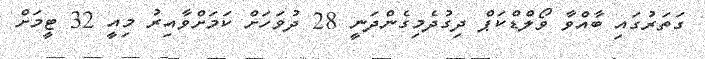
ގަތަރުގައި ބާއްވާ ވޯލްޑްކަޕް ދިގުދެމިގެންދަނީ 28 ދުވަހަށް ކަމަށްވާއިރު މިއީ 32 ޓީމަށް